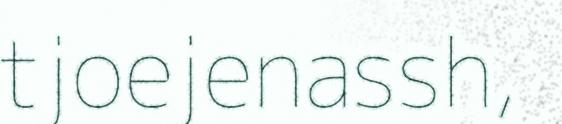
tjoejenassh,